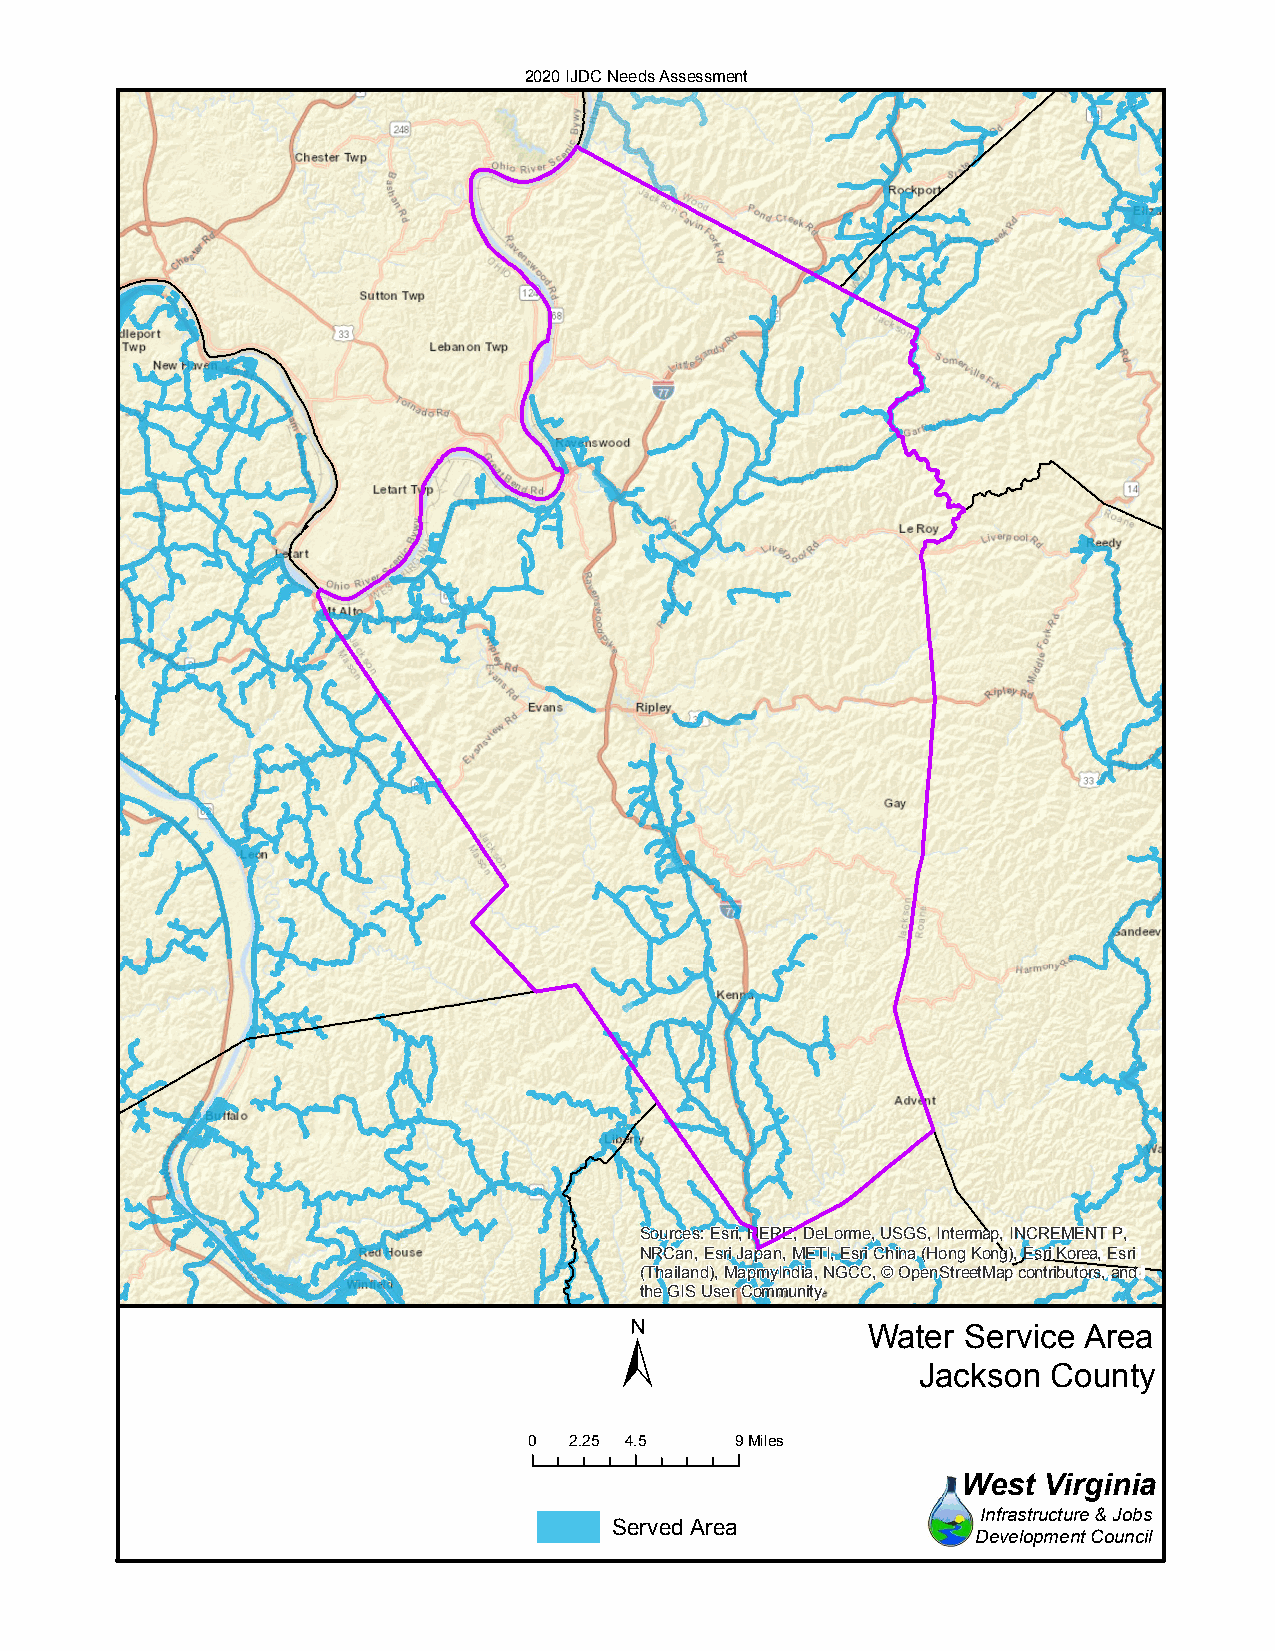
2020 IJDC Needs Assessment
 Sources: Esri, HERE, DeLorme, USGS, Intermap, INCREMENT P,
 NRCan, Esri Japan, METI, Esri China (Hong Kong), Esri Korea, Esri
 (Thailand), MapmyIndia, NGCC, © OpenStreetMap contributors, and
 the GIS User Community
 ±
 Water  Service Area
 Jackson  County
 0  2.25 4.5   9Miles
 West Virginia
 Infrastructure & Jobs
 Served Area
 Development Council